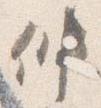
仲